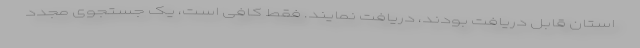
استان قابل دریافت بودند، دریافت نمایند. فقط کافی است، یک جستجوی مجدد